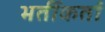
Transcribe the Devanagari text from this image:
भर्तीकर्ता